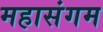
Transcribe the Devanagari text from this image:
महासंगम